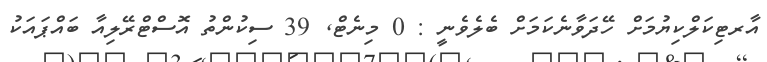
އާރޓިކަލްކިޔުމަށް ހޭދަވާނެކަމަށް ބެލެވެނީ : 0 މިނެޓް